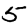
Digit: 5